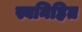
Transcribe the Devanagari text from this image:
स्वनिहित